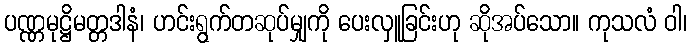
ပဏ္ဏမုဋ္ဌိမတ္တဒါနံ၊ ဟင်းရွက်တဆုပ်မျှကို ပေးလှူခြင်းဟု ဆိုအပ်သော။ ကုသလံ ဝါ၊